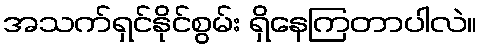
အသက်ရှင်နိုင်စွမ်း ရှိနေကြတာပါလဲ။